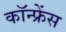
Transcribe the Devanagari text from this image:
कॉन्‍फ्रेंस